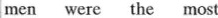
men were the most